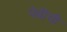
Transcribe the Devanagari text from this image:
पेढीची